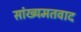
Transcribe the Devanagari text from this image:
सांख्यमतवाद